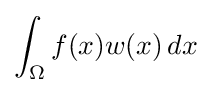
\int _{\Omega }f(x)w(x)\,dx